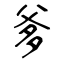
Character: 爹